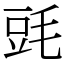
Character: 毭